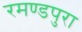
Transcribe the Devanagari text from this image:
रमण्डपुरा